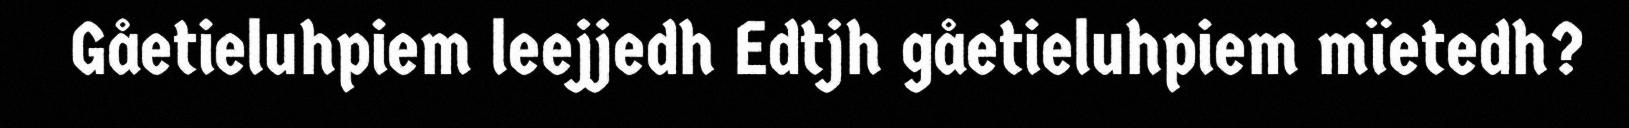
Gåetieluhpiem leejjedh Edtjh gåetieluhpiem mïetedh?